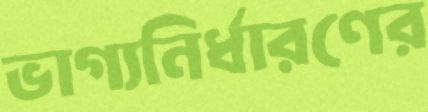
ভাগ্যনির্ধারণের